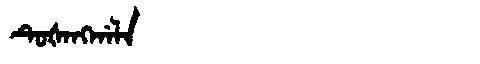
Manchu: ᡨᡠᡧᠠᠩᡤᠠᠯᠠ
Romanization: TUŠANGGALA